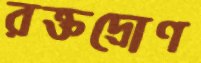
রক্তদ্রোণ